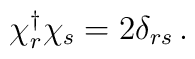
\chi^{\dag}_{r} \chi_{s} = 2\delta_{rs} \,.